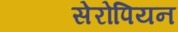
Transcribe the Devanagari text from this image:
सेरोपियन